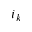
i _ { k }